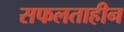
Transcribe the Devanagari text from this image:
सफलताहीन